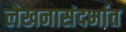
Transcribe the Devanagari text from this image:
लेखनासंदर्भात